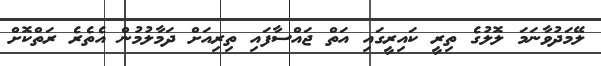
ލޭމަދުވާނަމަ ލޮލުގެ ތިރީ ކައިރީގައި އަތް ޖައްސާފައި ތިރިއަށް ދަމާލުމުން އެތެރެ ރަތްކޮށް